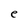
Character: e